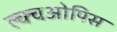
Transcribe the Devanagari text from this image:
ल्क्चओपिस